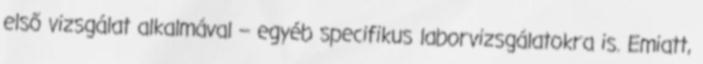
első vizsgálat alkalmával – egyéb specifikus laborvizsgálatokra is. Emiatt,